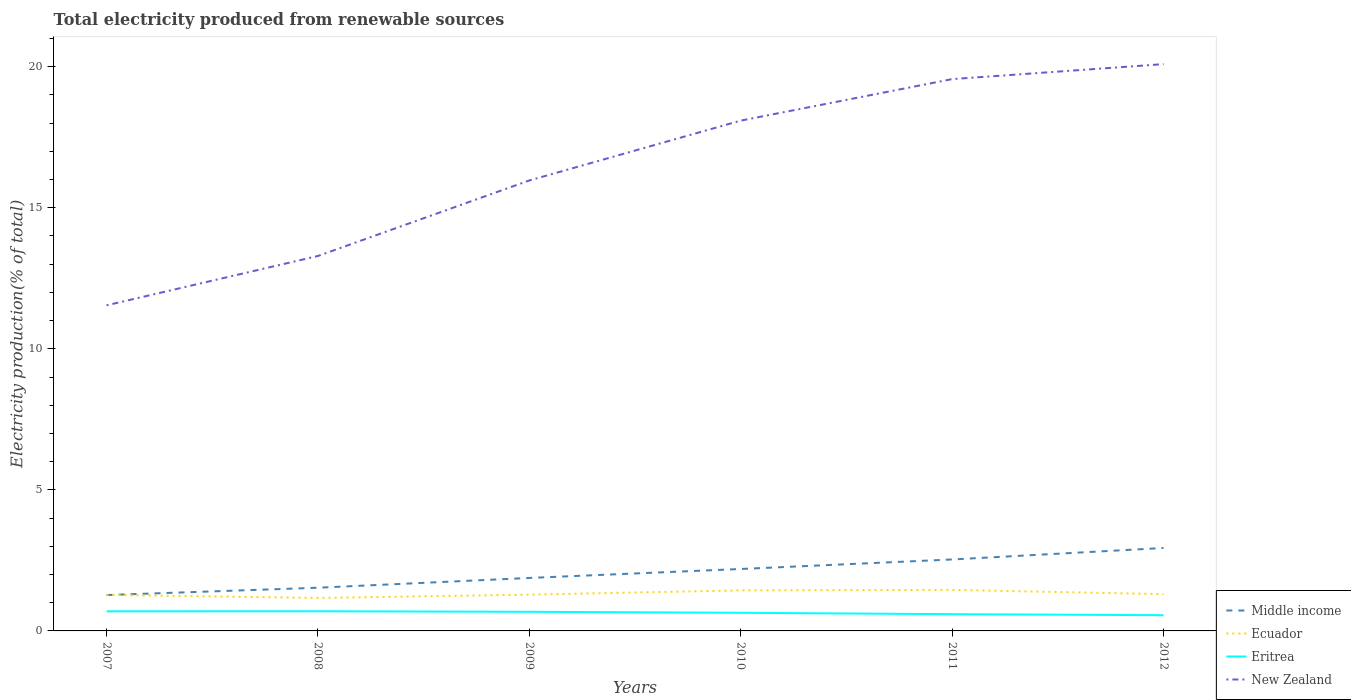
| Years | Middle income | Ecuador | Eritrea | New Zealand |
 | --- | --- | --- | --- | --- |
 | 2007 | 1.27 | 1.28 | 0.694 | 11.5 |
 | 2008 | 1.53 | 1.17 | 0.697 | 13.3 |
 | 2009 | 1.88 | 1.29 | 0.678 | 16 |
 | 2010 | 2.2 | 1.44 | 0.643 | 18.1 |
 | 2011 | 2.53 | 1.45 | 0.593 | 19.6 |
 | 2012 | 2.94 | 1.3 | 0.557 | 20.1 |